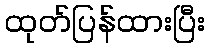
ထုတ်ပြန်ထားပြီး